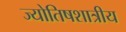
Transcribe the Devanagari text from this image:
ज्योतिषशात्रीय